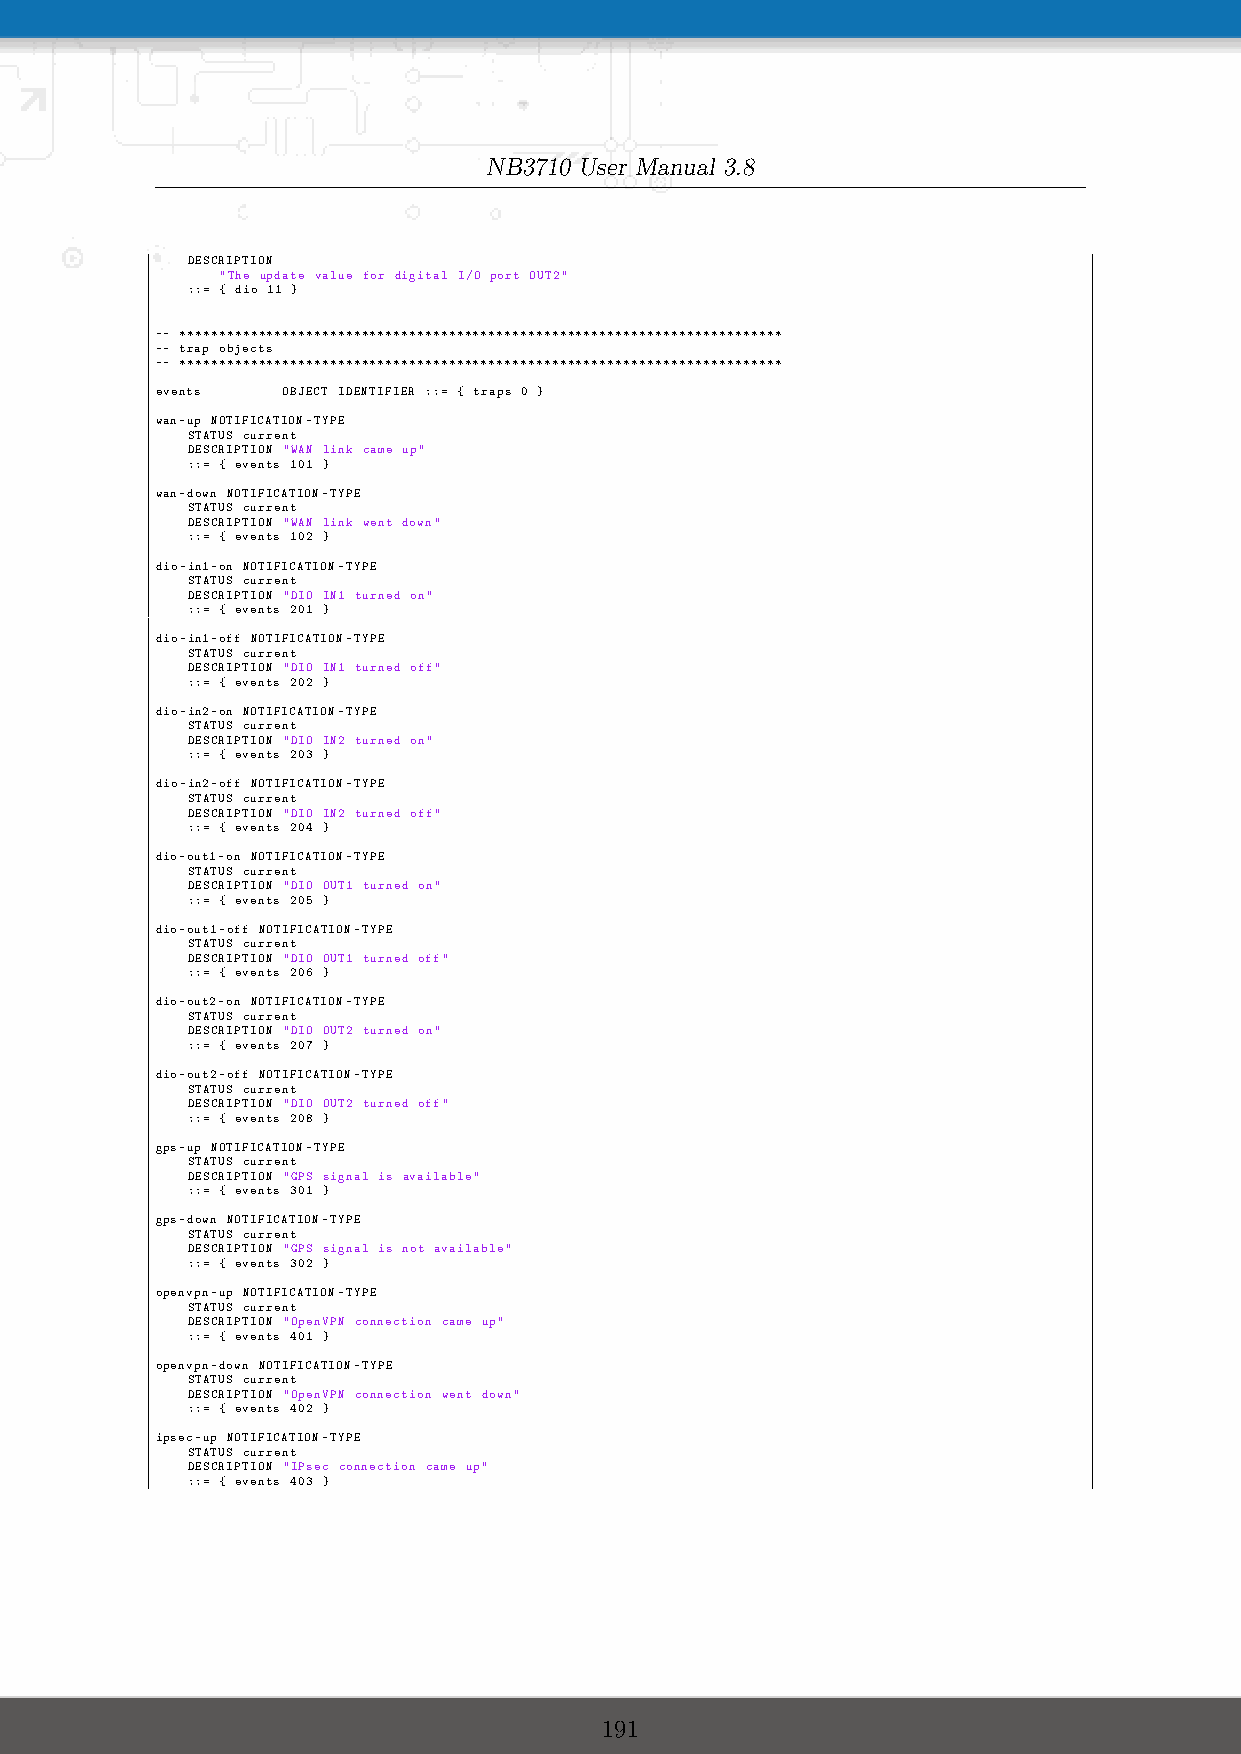
NB3710 User Manual 3.8
 DESCRIPTION
 "The update value for digital I/O port OUT2"
 ::= { dio 11 }
 -- ****************************************************************************
 -- trap objects
 -- ****************************************************************************
 events   OBJECT IDENTIFIER ::= { traps 0 }
 wan-up NOTIFICATION-TYPE
 STATUS current
 DESCRIPTION "WAN link came up"
 ::= { events 101 }
 wan-down NOTIFICATION-TYPE
 STATUS current
 DESCRIPTION "WAN link went down"
 ::= { events 102 }
 dio-in1-on NOTIFICATION-TYPE
 STATUS current
 DESCRIPTION "DIO IN1 turned on"
 ::= { events 201 }
 dio-in1-off NOTIFICATION-TYPE
 STATUS current
 DESCRIPTION "DIO IN1 turned off"
 ::= { events 202 }
 dio-in2-on NOTIFICATION-TYPE
 STATUS current
 DESCRIPTION "DIO IN2 turned on"
 ::= { events 203 }
 dio-in2-off NOTIFICATION-TYPE
 STATUS current
 DESCRIPTION "DIO IN2 turned off"
 ::= { events 204 }
 dio-out1-on NOTIFICATION-TYPE
 STATUS current
 DESCRIPTION "DIO OUT1 turned on"
 ::= { events 205 }
 dio-out1-off NOTIFICATION-TYPE
 STATUS current
 DESCRIPTION "DIO OUT1 turned off"
 ::= { events 206 }
 dio-out2-on NOTIFICATION-TYPE
 STATUS current
 DESCRIPTION "DIO OUT2 turned on"
 ::= { events 207 }
 dio-out2-off NOTIFICATION-TYPE
 STATUS current
 DESCRIPTION "DIO OUT2 turned off"
 ::= { events 208 }
 gps-up NOTIFICATION-TYPE
 STATUS current
 DESCRIPTION "GPS signal is available"
 ::= { events 301 }
 gps-down NOTIFICATION-TYPE
 STATUS current
 DESCRIPTION "GPS signal is not available"
 ::= { events 302 }
 openvpn-up NOTIFICATION-TYPE
 STATUS current
 DESCRIPTION "OpenVPN connection came up"
 ::= { events 401 }
 openvpn-down NOTIFICATION-TYPE
 STATUS current
 DESCRIPTION "OpenVPN connection went down"
 ::= { events 402 }
 ipsec-up NOTIFICATION-TYPE
 STATUS current
 DESCRIPTION "IPsec connection came up"
 ::= { events 403 }
 191